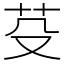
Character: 芟